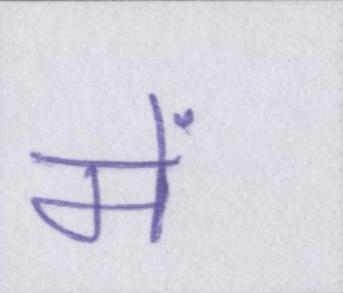
में